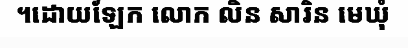
។ដោយឡែក លោក លិន សារិន មេឃុំ